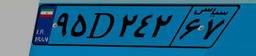
۶۶D۲۳۴۸۷